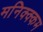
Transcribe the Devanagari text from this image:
मनिक्क्कम